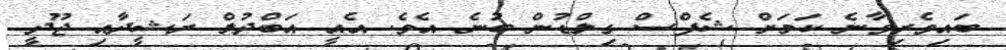
ބައިވެރިވާނެ ކަމަށް ޝެފްސް ގިލްޑުން ބުނެ އެވެ. އެއީ އަބްދުލް ރަޝީދާއި ޖޫދީ